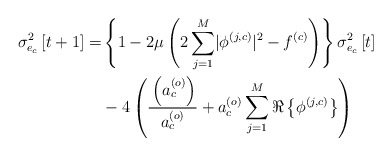
\begin{align*} \sigma_{e_c}^2\left[t+1\right]=&\left\{1-2\mu\left(2\sum_{j=1}^{M}\lvert\phi^{\left(j,c\right)}\rvert^2-f^{\left(c\right)}\right)\right\}\sigma_{e_c}^2\left[t\right]\\ &-4\left(\frac{_{}\left(a_c^{\left(o\right)}\right)}{a_c^{\left(o\right)}}+a_c^{\left(o\right)}\sum_{j=1}^{M}\Re\left\{\phi^{\left(j,c\right)}\right\}\right) \end{align*}